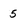
Character: 5